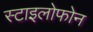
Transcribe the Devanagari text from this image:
स्टाइलोफोन